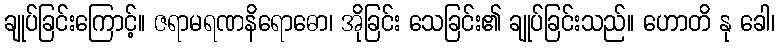
ချုပ်ခြင်းကြောင့်။ ဇရာမရဏနိရောဓော၊ အိုခြင်း သေခြင်း၏ ချုပ်ခြင်းသည်။ ဟောတိ နု ခေါ၊